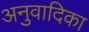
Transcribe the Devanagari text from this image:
अनुवादिका